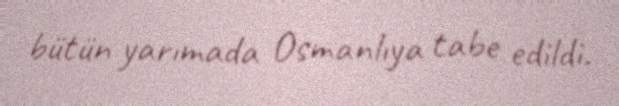
bütün yarımada Osmanlıya tabe edildi.